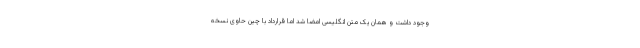
وجود داشت و همان یک متن انگلیسی امضا شد اما قرارداد با چین حاوی نسخه